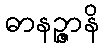
ဓာနဉ္ဇာနိ